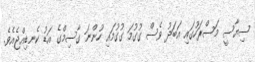
ސިޔާސީ މަސްރަހުގައި އަބަދު ވެސް ގުގުމަ ގުގުމައި ހުންނަ ގާސިމްގެ އަޑު ކެނޑިއްޖެއެވެ.